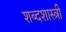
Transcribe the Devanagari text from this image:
शब्दशास्त्री